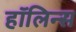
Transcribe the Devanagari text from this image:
हॉलिन्स